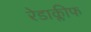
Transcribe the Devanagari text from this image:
रेडाक्लीफ